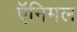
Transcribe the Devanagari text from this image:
ऍनिमल